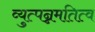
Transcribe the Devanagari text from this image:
व्युत्पन्नमतित्व